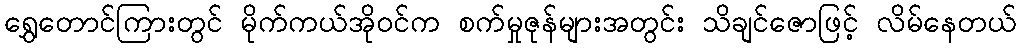
ရွှေတောင်ကြားတွင် မိုက်ကယ်အိုဝင်က စက်မှုဇုန်များအတွင်း သိချင်ဇောဖြင့် လိမ်နေတယ်